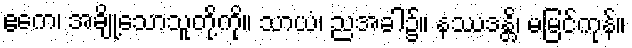
ဧကေ၊ အချို့သောသူတို့ကို။ သာယံ၊ ညအခါ၌။ နဿဒန္တိ၊ မမြင်ကုန်။